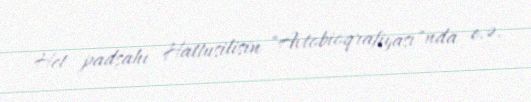
Het padşahı Hattusilisin "Avtobioqrafiyası"nda e.ə.